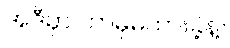
အဲဒီမှာ ဘာမှမထားခဲ့နဲ့။